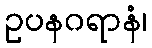
ဥပနဂရာနံ၊